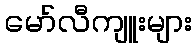
မော်လီကျူးများ